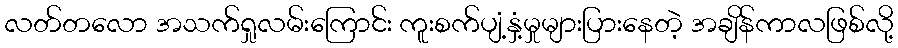
လတ်တလော အသက်ရှုလမ်းကြောင်း ကူးစက်ပျံ့နှံ့မှုများပြားနေတဲ့ အချိန်ကာလဖြစ်လို့